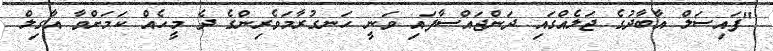
"ފައިސަލް އާބާދުގެ ޖަލެއްގައި ދަންޖައްސާފައި ވަނީ ހަނގުރާމަވެރިންގެ ދެ މީހެއް ކަމަށްވާ އާގިލް